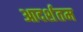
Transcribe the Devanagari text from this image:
आदर्शतम